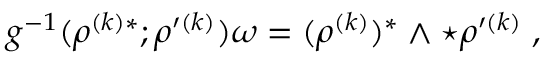
g ^ { - 1 } ( \rho ^ { ( k ) * } ; \rho ^ { \prime ( k ) } ) \omega = ( \rho ^ { ( k ) } ) ^ { * } \wedge \star \rho ^ { \prime ( k ) } \; ,